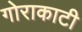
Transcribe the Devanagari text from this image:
गोराकाटी